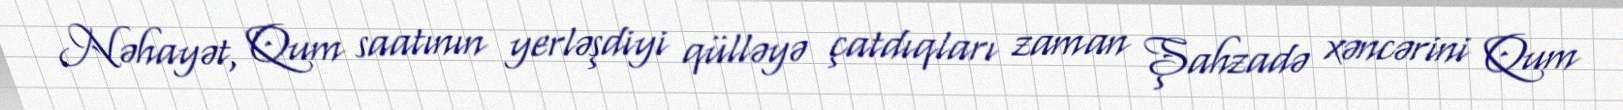
Nəhayət, Qum saatının yerləşdiyi qülləyə çatdıqları zaman Şahzadə xəncərini Qum